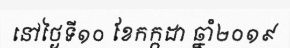
នៅថ្ងៃទី១០ ខែកក្កដា ឆ្នាំ២០១៩